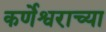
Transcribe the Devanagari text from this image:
कर्णेश्वराच्या